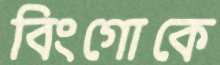
বিংগোকে